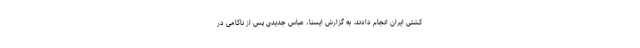
کشتی ایران انجام دادند. به گزارش ایسنا، عباس جدیدی پس از ناکامی در